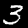
Digit: 3